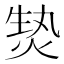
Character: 𱫚